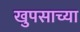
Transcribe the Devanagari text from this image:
खुपसाच्या